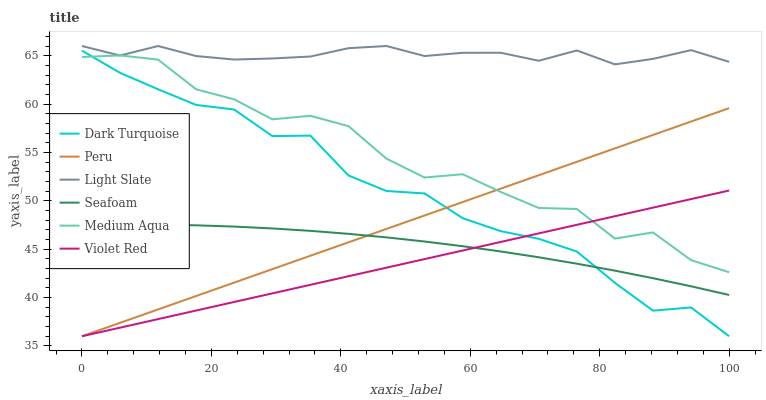
| xaxis_label | Dark Turquoise | Peru | Light Slate | Seafoam | Medium Aqua | Violet Red |
 | --- | --- | --- | --- | --- | --- | --- |
 | 0 | 65.5 | 36 | 66 | 47.5 | 64.9 | 36 |
 | 5.88 | 63.2 | 37.4 | 65 | 47.6 | 65 | 36.9 |
 | 11.8 | 61.5 | 38.8 | 66 | 47.5 | 64.6 | 37.8 |
 | 17.6 | 59.9 | 40.2 | 65 | 47.5 | 61.5 | 38.7 |
 | 23.5 | 59.4 | 41.5 | 64.6 | 47.3 | 60.5 | 39.5 |
 | 29.4 | 56.7 | 42.9 | 64.7 | 47.1 | 58.4 | 40.4 |
 | 35.3 | 56.7 | 44.3 | 64.9 | 46.9 | 58.8 | 41.3 |
 | 41.2 | 52.6 | 45.7 | 65.8 | 46.6 | 57.7 | 42.2 |
 | 47.1 | 51 | 47.1 | 66 | 46.2 | 54.4 | 43.1 |
 | 52.9 | 50.8 | 48.5 | 65 | 45.8 | 52.4 | 44 |
 | 58.8 | 48.2 | 49.9 | 65.3 | 45.3 | 52.7 | 44.9 |
 | 64.7 | 46.9 | 51.3 | 65.3 | 44.8 | 50.9 | 45.7 |
 | 70.6 | 46.1 | 52.6 | 64.5 | 44.2 | 49.3 | 46.6 |
 | 76.5 | 44.8 | 54 | 65.5 | 43.5 | 49.2 | 47.5 |
 | 82.4 | 41.5 | 55.4 | 64.1 | 42.8 | 46.1 | 48.4 |
 | 88.2 | 38.6 | 56.8 | 64.7 | 42 | 46.7 | 49.3 |
 | 94.1 | 39 | 58.2 | 65.6 | 41.2 | 43.9 | 50.2 |
 | 100 | 36 | 59.6 | 64.4 | 40.3 | 42.6 | 51.1 |